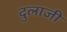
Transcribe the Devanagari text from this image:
दुलाजी